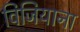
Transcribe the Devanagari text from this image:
विजियाना